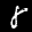
Label: 8